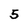
Character: 5